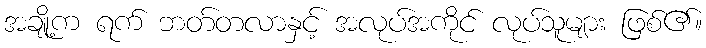
အချို့က ရက် ဘတ်တလာနှင့် အလုပ်အကိုင် လုပ်သူများ ဖြစ်၏။